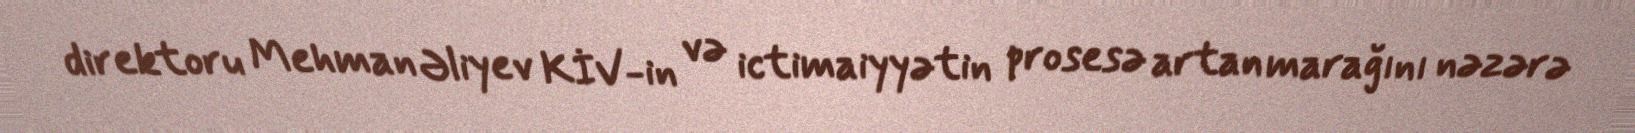
direktoru Mehman Əliyev KİV-in və ictimaiyyətin prosesə artan marağını nəzərə